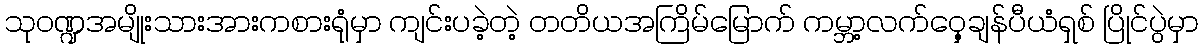
သုဝဏ္ဍအမျိုးသားအားကစားရုံမှာ ကျင်းပခဲ့တဲ့ တတိယအကြိမ်မြောက် ကမ္ဘာ့လက်ဝှေ့ချန်ပီယံရှစ် ပြိုင်ပွဲမှာ